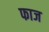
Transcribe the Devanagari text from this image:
फाज